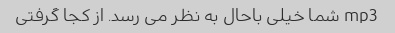
mp3 شما خیلی باحال به نظر می رسد. از کجا گرفتی